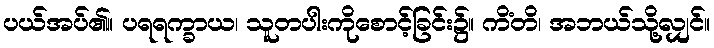
ပယ်အပ်၏။ ပရရက္ခာယ၊ သူတပါးကိုစောင့်ခြင်း၌။ ကိံတိ၊ အဘယ်သို့လျှင်။